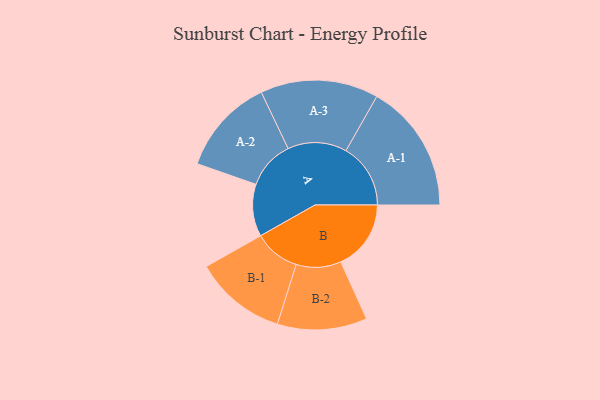
{"axis": {"x": "Segment", "y": "Value"}, "legend": ["", "A", "B"], "data": [{"x": "A", "y": 177, "type": ""}, {"x": "B", "y": 238, "type": ""}, {"x": "A-1", "y": 219, "type": "A"}, {"x": "A-2", "y": 164, "type": "A"}, {"x": "A-3", "y": 200, "type": "A"}, {"x": "B-1", "y": 156, "type": "B"}, {"x": "B-2", "y": 152, "type": "B"}]}